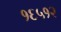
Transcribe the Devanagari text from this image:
१६५१२